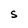
Character: S